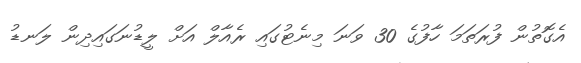
އެގޮތުން ފުރަތަމަ ހާފުގެ 30 ވަނަ މިނެޓުގައި ރެއާލް އަށް ލީޑުނަގައިދިން ލަނޑު